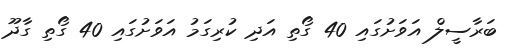
ބަރާސީލް އަވަށުގައި 40 ގޯތި އަދި ކުރިގަމު އަވަށުގައި 40 ގޯތި ގާދޫ